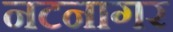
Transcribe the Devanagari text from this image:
नटनागर